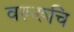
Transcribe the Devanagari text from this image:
वरूरूचि